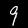
Label: 9